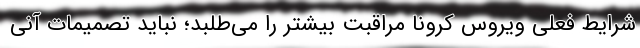
شرایط فعلی ویروس کرونا مراقبت بیشتر را می‌طلبد؛ نباید تصمیمات آنی